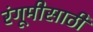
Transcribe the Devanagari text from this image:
रंगूमीसाठी